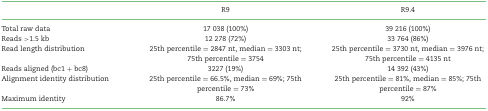
|  | R9 | R9.4 |
 | --- | --- | --- |
 | Total raw data | 17 038 (100%) | 39 216 (100%) |
 | Reads >1.5 kb | 12 278 (72%) | 33 764 (86%) |
 | Read length distribution | 25th percentile = 2847 nt, median = 3303 nt; 75th percentile = 3754 | 25th percentile = 3730 nt, median = 3976 nt; 75th percentile = 4135 nt |
 | Reads aligned (bc1 + bc8) | 3227 (19%) | 14 392 (43%) |
 | Alignment identity distribution | 25th percentile = 66.5%, median = 69%; 75th percentile = 73% | 25th percentile = 81%, median = 85%; 75th percentile = 87% |
 | Maximum identity | 86.7% | 92% |